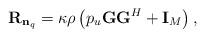
LaTeX: \begin{align*}{{\bf{R}}_{{{\bf{n}}_q}}} = \kappa \rho {}\left( {p_u}{{\bf{G}}{{\bf{G}}^H} + {{\bf{I}}_M}} \right),\end{align*}